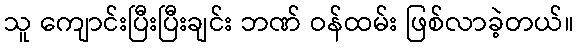
သူ ကျောင်းပြီးပြီးချင်း ဘဏ် ဝန်ထမ်း ဖြစ်လာခဲ့တယ်။